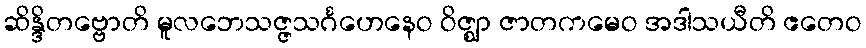
ဆိန္ဒိတဗ္ဗောတိ မူလဘေသဇ္ဇသင်္ဂဟေနေဝ ဝိဇ္ဈာ ဇာတကမေဝ အဒါသယီတိ ဧတေဝ